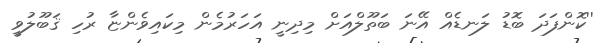
''ކޮންފަދަ ބޮޑު ލަނޑެއް އޭނަ ބަތޫލްއަށް މިދިނީ އަހަރުމެން މިކައިވެންޏާ ރުހި ޤަބޫލުވީ